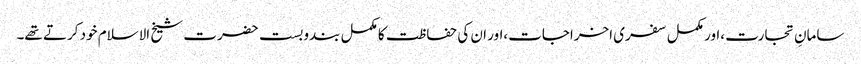
سامانِ تجارت ،اور مکمل سفری اخراجات،اور ان کی حفاظت کا مکمل بندوبست حضرت شیخ الاسلام خود کرتے تھے۔